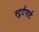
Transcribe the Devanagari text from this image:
स्टुर्टगार्ट